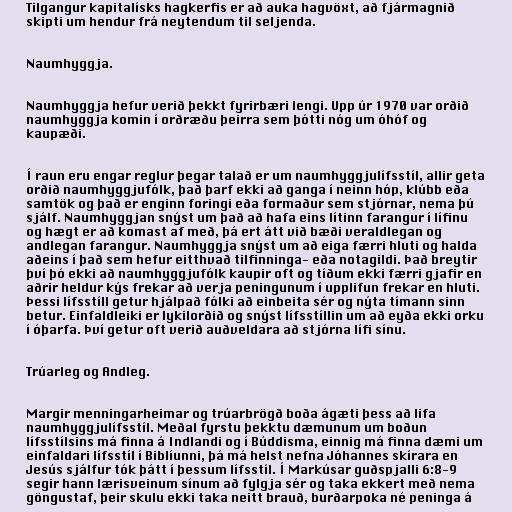
Tilgangur kapitalísks hagkerfis er að auka hagvöxt, að fjármagnið
skipti um hendur frá neytendum til seljenda.

Naumhyggja.

Naumhyggja hefur verið þekkt fyrirbæri lengi. Upp úr 1970 var orðið
naumhyggja komin í orðræðu þeirra sem þótti nóg um óhóf og
kaupæði.

Í raun eru engar reglur þegar talað er um naumhyggjulífsstíl, allir geta
orðið naumhyggjufólk, það þarf ekki að ganga í neinn hóp, klúbb eða
samtök og það er enginn foringi eða formaður sem stjórnar, nema þú
sjálf. Naumhyggjan snýst um það að hafa eins lítinn farangur í lífinu
og hægt er að komast af með, þá ert átt við bæði veraldlegan og
andlegan farangur. Naumhyggja snýst um að eiga færri hluti og halda
aðeins í það sem hefur eitthvað tilfinninga- eða notagildi. Það breytir
því þó ekki að naumhyggjufólk kaupir oft og tíðum ekki færri gjafir en
aðrir heldur kýs frekar að verja peningunum í upplifun frekar en hluti.
Þessi lífsstíll getur hjálpað fólki að einbeita sér og nýta tímann sinn
betur. Einfaldleiki er lykilorðið og snýst lífsstíllin um að eyða ekki orku
í óþarfa. Því getur oft verið auðveldara að stjórna lífi sínu.

Trúarleg og Andleg.

Margir menningarheimar og trúarbrögð boða ágæti þess að lifa
naumhyggjulífsstíl. Meðal fyrstu þekktu dæmunum um boðun
lífsstílsins má finna á Indlandi og í Búddisma, einnig má finna dæmi um
einfaldari lífsstíl í Biblíunni, þá má helst nefna Jóhannes skírara en
Jesús sjálfur tók þátt í þessum lífsstíl. Í Markúsar guðspjalli 6:8-9
segir hann lærisveinum sínum að fylgja sér og taka ekkert með nema
göngustaf, þeir skulu ekki taka neitt brauð, burðarpoka né peninga á